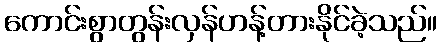
ကောင်းစွာတွန်းလှန်ဟန့်တားနိုင်ခဲ့သည်။